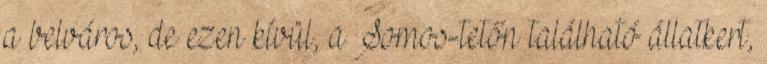
a belváros, de ezen kívül, a Somos-tetőn található állatkert,